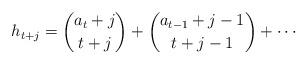
LaTeX: \begin{align*}h_{t+j} = \binom{a_t+j}{t+j} + \binom{a_{t-1}+j-1}{t+j-1}+ \cdots\end{align*}